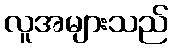
လူအများသည်